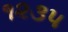
૧૨૩૫